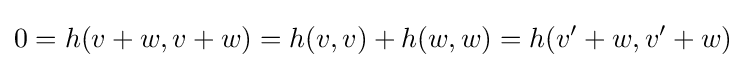
0=h(v+w,v+w)=h(v,v)+h(w,w)=h(v'+w,v'+w)